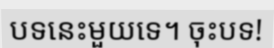
បទនេះមួយទេ។ ចុះបទ!